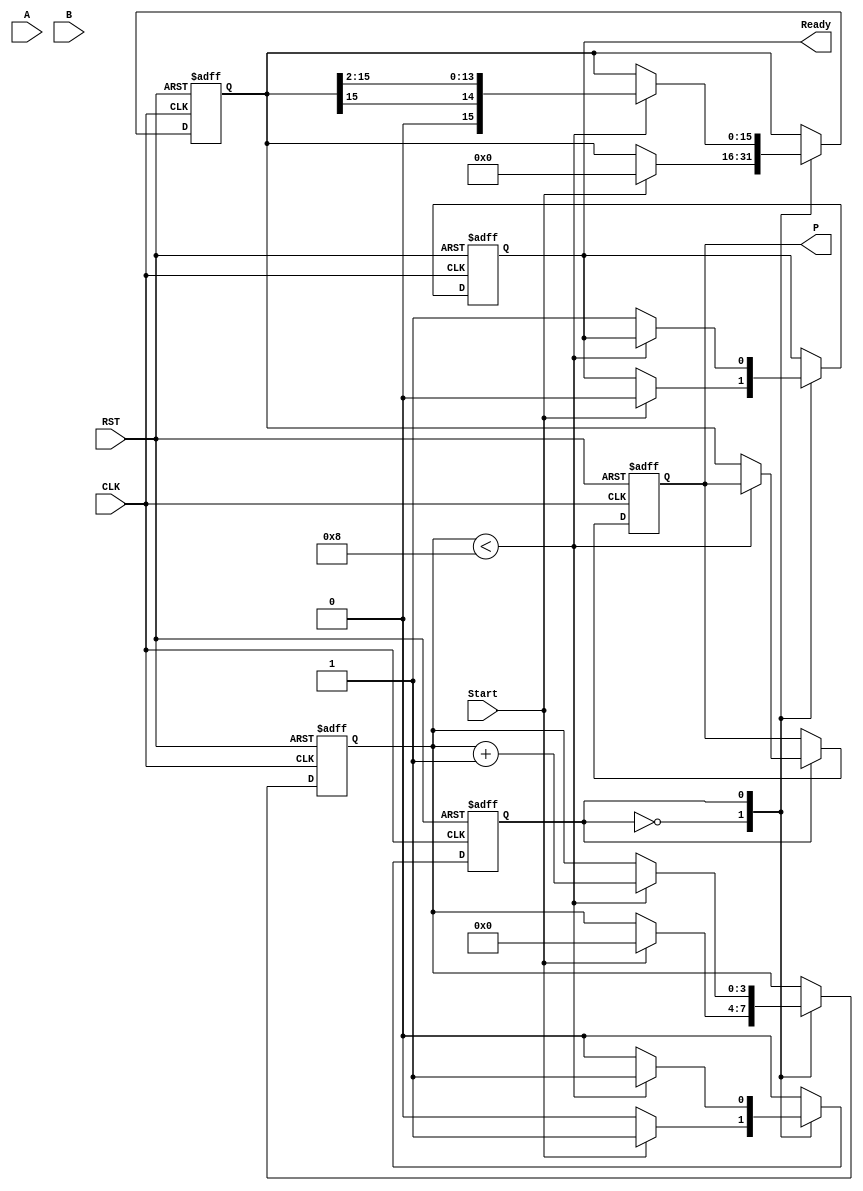
module booth_multiplier (
    input wire [7:0] A,          // Multiplicand
    input wire [7:0] B,          // Multiplier
    input wire Start,            // Control signal to start multiplication
    input wire CLK,              // Clock signal
    input wire RST,              // Reset signal
    output reg [15:0] P,         // Product output
    output reg Ready             // Ready signal
);

    reg [7:0] A_reg;             // Register for multiplicand
    reg [7:0] B_reg;             // Register for multiplier
    reg [7:0] Q_reg;             // Current value of multiplier
    reg Q_minus_1;               // Previous LSB of Q_reg
    reg [15:0] Product_reg;      // Accumulator for product
    reg [3:0] count;             // Bit count for multiplication
    reg state;                   // State for FSM

    // State definitions
    localparam IDLE = 1'b0, COMPUTE = 1'b1;

    // Sequential process for state control
    always @(posedge CLK or posedge RST) begin
        if (RST) begin
            // Reset all registers and outputs
            P <= 16'b0;
            Ready <= 1'b0;
            A_reg <= 8'b0;
            B_reg <= 8'b0;
            Q_reg <= 8'b0;
            Q_minus_1 <= 1'b0;
            Product_reg <= 16'b0;
            count <= 4'b0;
            state <= IDLE;
        end else begin
            case (state)
                IDLE: begin
                    if (Start) begin
                        // Load registers with input values
                        A_reg <= A;
                        B_reg <= B;
                        Q_reg <= B;
                        Q_minus_1 <= 1'b0;
                        Product_reg <= 16'b0;
                        count <= 4'b0;
                        state <= COMPUTE;
                        Ready <= 1'b0; // Reset ready signal
                    end
                end
                
                COMPUTE: begin
                    if (count < 8) begin
                        // Booth's algorithm
                        case ({Q_reg[0], Q_minus_1})
                            2'b01: Product_reg <= Product_reg + {8'b0, A_reg}; // Add A
                            2'b10: Product_reg <= Product_reg - {8'b0, A_reg}; // Subtract A
                            2'b00, 2'b11: ; // No operation
                        endcase
                        
                        // Shift right (arithmetic shift)
                        {Product_reg, Q_reg} <= {Product_reg[15], Product_reg[15:1], Q_reg[7:1]};
                        Q_minus_1 <= Q_reg[0]; // Update Q_-1
                        count <= count + 1; // Increment count
                    end else begin
                        // Multiplication complete
                        P <= Product_reg; // Output the product
                        Ready <= 1'b1; // Signal that multiplication is complete
                        state <= IDLE; // Go back to IDLE state
                    end
                end
            endcase
        end
    end

endmodule